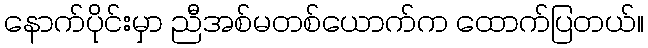
နောက်ပိုင်းမှာ ညီအစ်မတစ်ယောက်က ထောက်ပြတယ်။